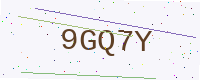
Text: 9GQ7Y